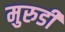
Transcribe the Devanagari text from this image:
मुरुडी